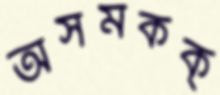
অসমকক্